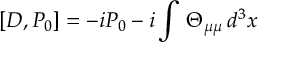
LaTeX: \left[ D , P _ { 0 } \right] = - i P _ { 0 } - i \int \, \Theta _ { \mu \mu } \, d ^ { 3 } x